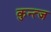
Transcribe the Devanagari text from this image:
कुन्त्ज